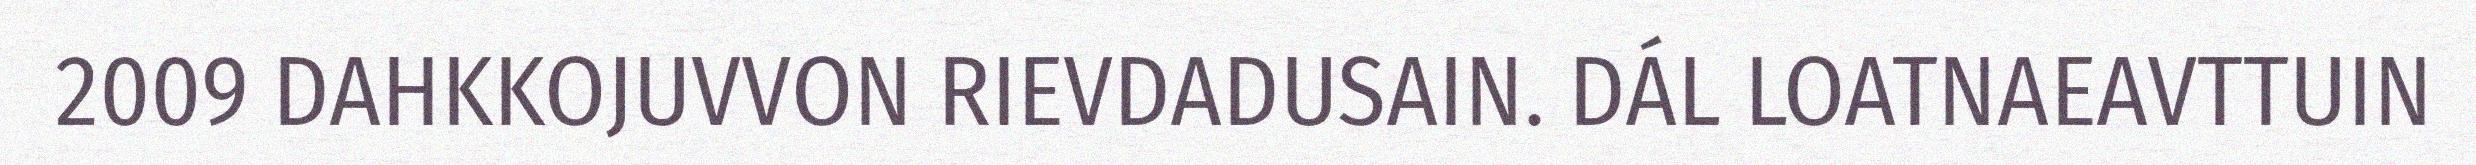
2009 DAHKKOJUVVON RIEVDADUSAIN. DÁL LOATNAEAVTTUIN